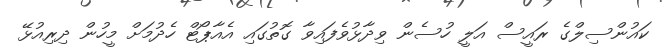
ކައުންސިލްގެ ރައީސް އަލީ ހުސެން ވިދާޅުވެފައިވާ ގޮތުގައި އެއާޕޯޓް ހެދުމަށް މީހުން ދިރިއުޅޭ